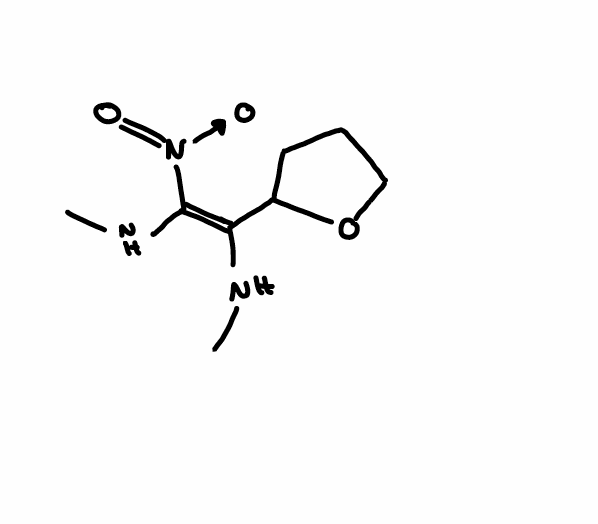
Simplified molecular-input line-entry system (SMILES) notation of the given molecule:
CN/C(=C(\NC)/[N+](=O)[O-])/C1CCCO1